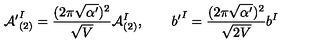
{ { \cal A } ^ { \prime } } _ { ( 2 ) } ^ { I } = \frac { ( 2 \pi \sqrt { \alpha ^ { \prime } } ) ^ { 2 } } { \sqrt { V } } { \cal A } _ { ( 2 ) } ^ { I } , \qquad { b ^ { \prime } } ^ { I } = \frac { ( 2 \pi \sqrt { \alpha ^ { \prime } } ) ^ { 2 } } { \sqrt { 2 V } } { b } ^ { I }